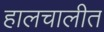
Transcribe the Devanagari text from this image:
हालचालीत